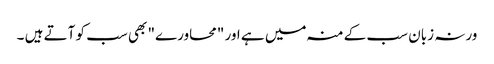
ورنہ زبان سب کے منہ میں ہے اور "محاورے" بھی سب کو آتے ہیں ۔